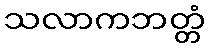
သလာကဘတ္တံ